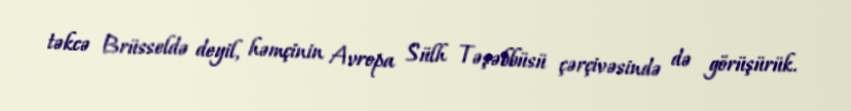
təkcə Brüsseldə deyil, həmçinin Avropa Sülh Təşəbbüsü çərçivəsində də görüşürük.